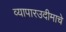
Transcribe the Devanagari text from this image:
व्यापारउदीमाचे